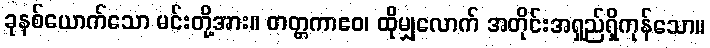
ခုနစ်ယောက်သော မင်းတို့အား။ တတ္တကာဧဝ၊ ထိုမျှလောက် အတိုင်းအရှည်ရှိကုန်သော။